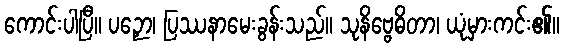
ကောင်းပါပြီ။ ပဉှော၊ ပြဿနာမေးခွန်းသည်။ သုနိဗ္ဗေဓိတာ၊ ယုံမှားကင်း၏။